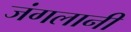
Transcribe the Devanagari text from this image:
जंगलानी